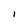
Character: I